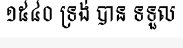
១៥៤០ ទ្រង់ បាន ទទួល